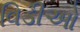
વિડીઓ